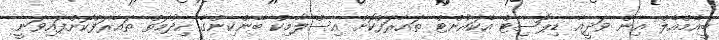
ބީއެމްއެލް އިން ވަދީއާ ޑިޕޮސިޓް އެކައުންޓް ތައާރަފްކޮށް އިސްލާމިކް ބޭންކިންގެ ހިދުމަތް ތައާރަފްކޮށްފައިވަނީ